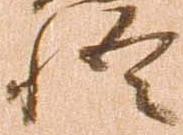
悟